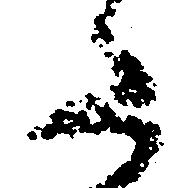
た